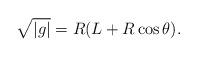
LaTeX: \begin{align*}\sqrt{\left|g\right|}=R(L+R\cos\theta).\end{align*}